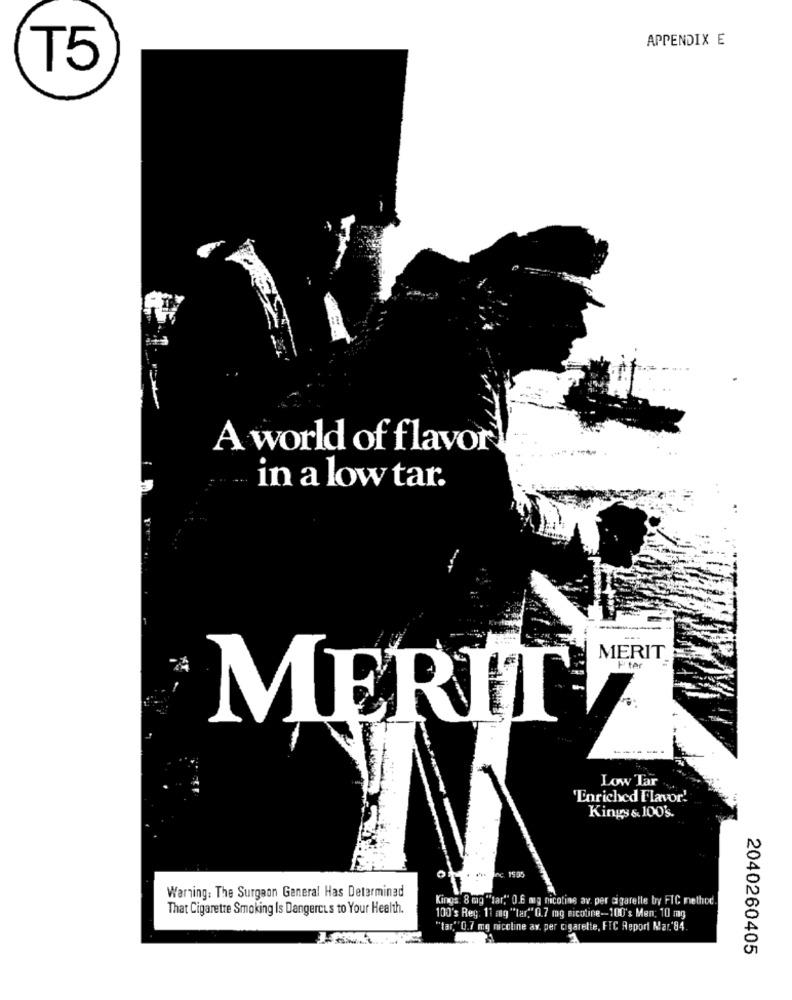
APPENDIX E
T5
A world of flavor!
in a low tar.
MERIT
------
Low Tar
Enriched Flavor!
Kings & 100's.
Inc. 1935
Warning: The Surgeon General Has Detarminad
Kings 8 mg "tar"" 0.6 mg nicoting av per cigaretle bry FIC method.
That Cigarette Smoking Is Dangercus to Your Health.
100's Reg: 11 mg "tar," 0.7 mg nicotine -- 100's Men: 10 mg
"tar,"0.7 mg nicoline av. per cigarette, FIC Report Mar. 94.
2040260405